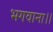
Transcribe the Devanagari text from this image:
भगवाना।।